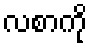
လစာကို